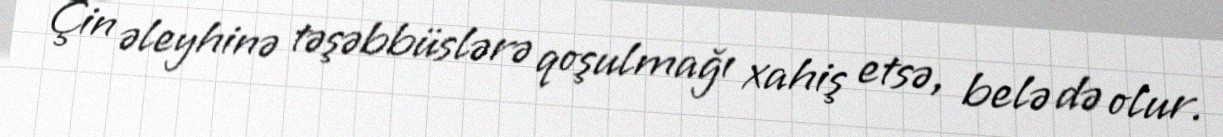
Çin əleyhinə təşəbbüslərə qoşulmağı xahiş etsə, belə də olur.